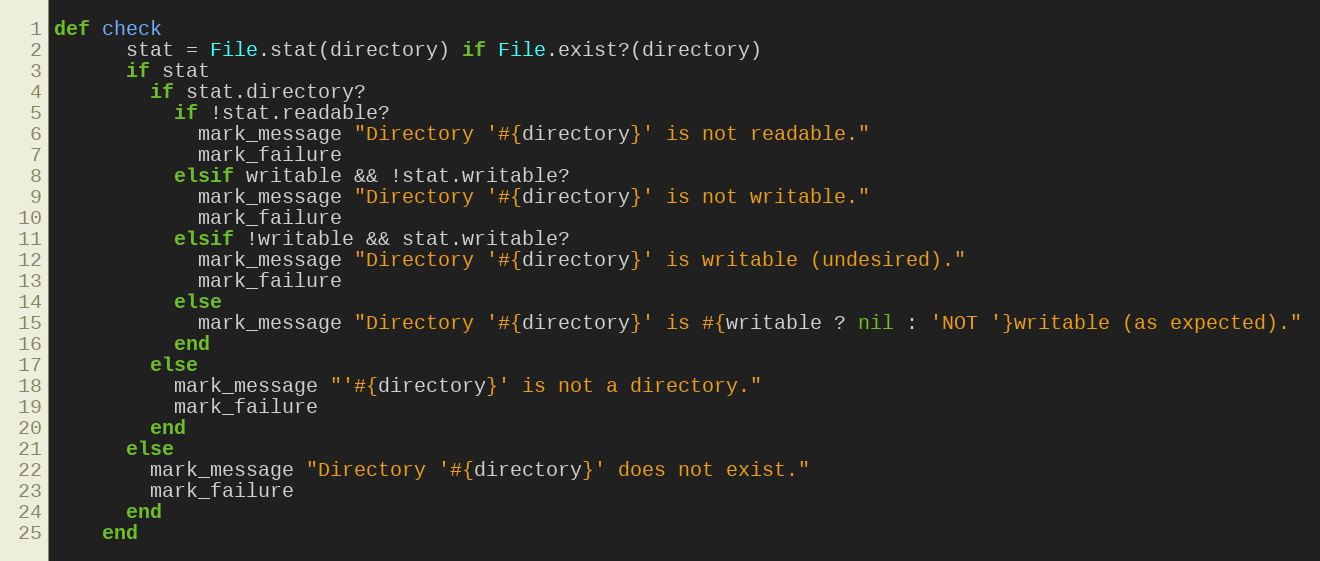
Language: Ruby
def check
      stat = File.stat(directory) if File.exist?(directory)
      if stat
        if stat.directory?
          if !stat.readable?
            mark_message "Directory '#{directory}' is not readable."
            mark_failure
          elsif writable && !stat.writable?
            mark_message "Directory '#{directory}' is not writable."
            mark_failure
          elsif !writable && stat.writable?
            mark_message "Directory '#{directory}' is writable (undesired)."
            mark_failure
          else
            mark_message "Directory '#{directory}' is #{writable ? nil : 'NOT '}writable (as expected)."
          end
        else
          mark_message "'#{directory}' is not a directory."
          mark_failure
        end
      else
        mark_message "Directory '#{directory}' does not exist."
        mark_failure
      end
    end